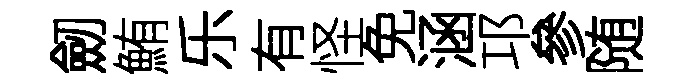
劒鮪乐有怪免涵邛參随